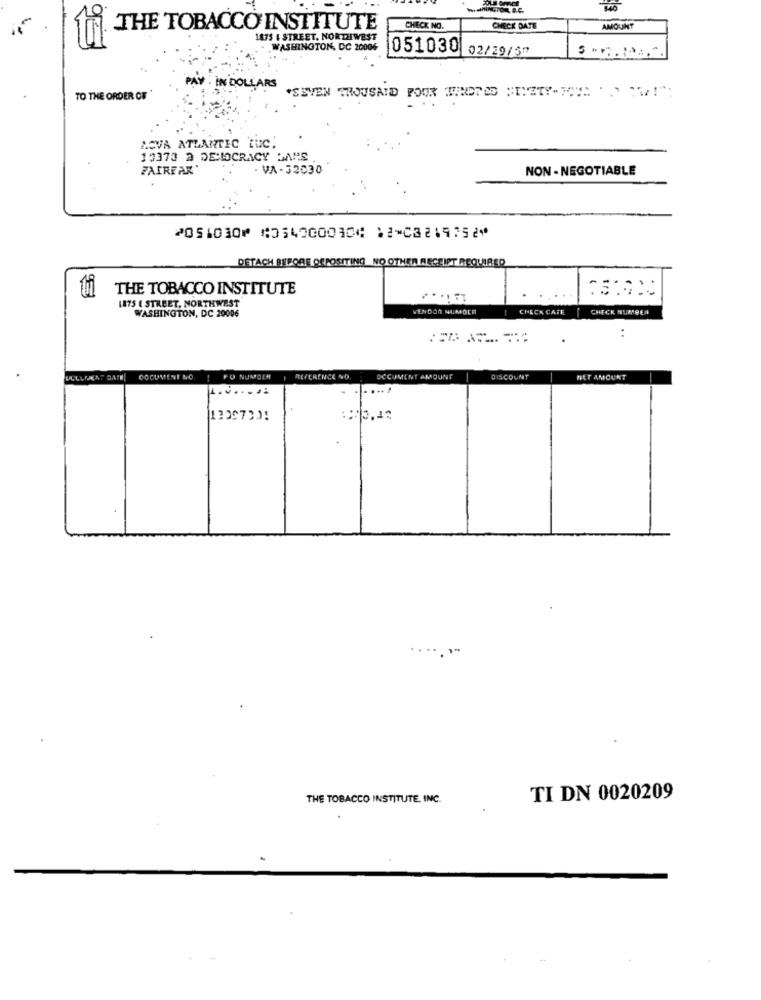
THE TOBACCO INSTITUTE
CHECK NO.
CHECK DATE
AMOUNT
1875 & STREET, NORTHWEST
WASHINGTON, DC 20006
051030 02/29/5⑈
PAY IN DOLLARS
TO THE ORDER OF
*SEVEN THOUSAND POUR 3UNDTES PITETY-NOUS!"
NOVA ATLANTIC LUC;
19373 3 DEIOCRACY DANS
FAIRFAR'
. VA - 32030
NON- NEGOTIABLE
2051030⑈ ⑆054000030⑆ 12⑉03219752⑈
DETACH BEFORE DEPOSITING_NO OTHER RECEIPT REQUIRED
THE TOBACCO INSTITUTE
1875 ( STREET, NORTHWEST
WASHINGTON, DC 20006
VENDOR NUMOER
CHECK CAFE
CHECK NUMBER
. .
DOCUMENT NO.
PO NUMBER
REFERENCE NO.
DOCUMENT AMOUNT
DISCOUNT
NET AMOUNT
..
THE TOBACCO INSTITUTE. INC.
TI DN 0020209